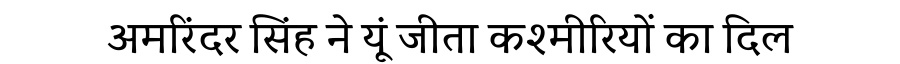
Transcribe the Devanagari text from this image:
अमरिंदर सिंह ने यूं जीता कश्मीरियों का दिल